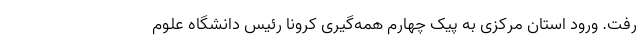
رفت. ورود استان مرکزی به پیک چهارم همه‌گیری کرونا رئیس دانشگاه علوم